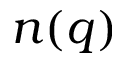
n ( q )